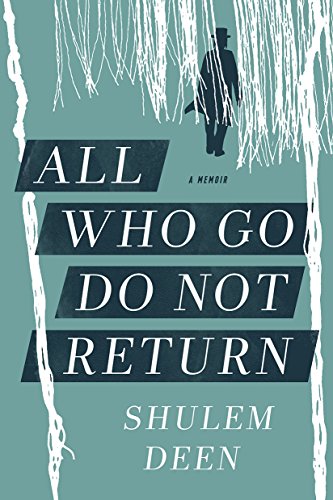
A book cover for All Who Go Do Not Return: A Memoir; Shulem Deen; Biographies & Memoirs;